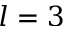
l = 3